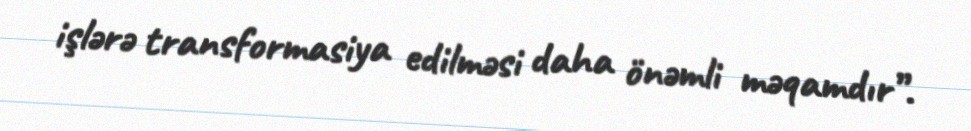
işlərə transformasiya edilməsi daha önəmli məqamdır”.